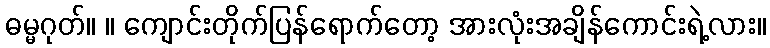
ဓမ္မဂုတ်။ ။ ကျောင်းတိုက်ပြန်ရောက်တော့ အားလုံးအချိန်ကောင်းရဲ့လား။